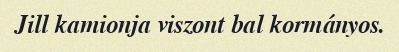
Jill kamionja viszont bal kormányos.